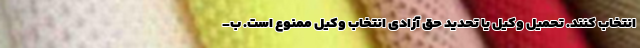
انتخاب کنند. تحمیل وکیل یا تحدید حق آزادی انتخاب وکیل ممنوع است. ب-